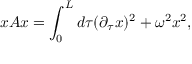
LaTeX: x A x = \int _ { 0 } ^ { L } d \tau ( \partial _ { \tau } x ) ^ { 2 } + \omega ^ { 2 } x ^ { 2 } ,